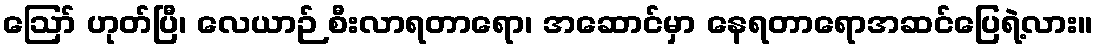
ဪ ဟုတ်ပြီ၊ လေယာဉ် စီးလာရတာရော၊ အဆောင်မှာ နေရတာရောအဆင်ပြေရဲ့လား။